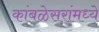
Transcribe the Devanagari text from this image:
कांबळेसरांमध्ये